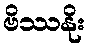
ဗိဿနိုး